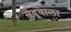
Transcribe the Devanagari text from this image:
मेदूवाला